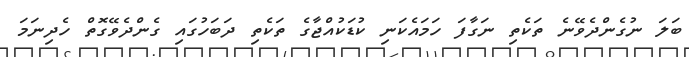
ބަލަ ނުގެންދެވޭނެ ތަކެތި ނަގާފަ ހަމައެކަނި ކުޑަކުއްްޖާގެ ތަކެތި ދަބަހުގައި ގެންދެވޭގޮތް ހެދިނަމަ